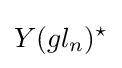
Y(gl_{n})^{\star }